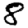
Digit: 8